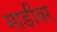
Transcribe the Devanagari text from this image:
माडीवर